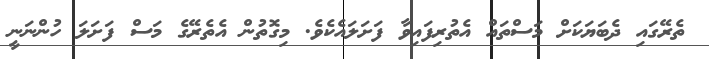
ތެރޭގައި ދެބަޔަކަށް މަސްތައް އެތުރިފައިވާ ފަށަލައެކެވެ. މިގޮތުން އެތެރޭގެ މަސް ފަށަލަ ހުންނަނީ